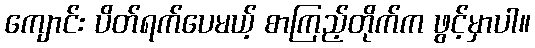
ကျောင်း ပိတ်ရက်ပေမယ့် စာကြည့်တိုက်က ဖွင့်မှာပါ။